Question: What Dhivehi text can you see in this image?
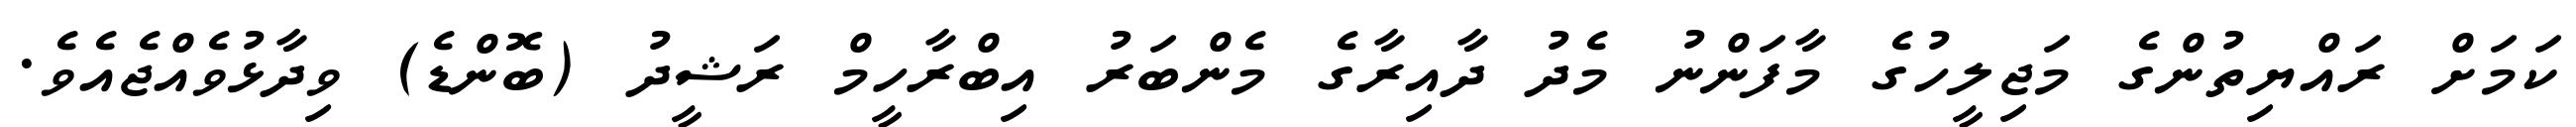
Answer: ކަމަށް ރައްޔިތުންގެ މަޖިލީހުގެ މާފަންނު މެދު ދާއިރާގެ މެންބަރު އިބްރާހީމް ރަޝީދު (ބޮންޑެ) ވިދާޅުވެއްޖެއެވެ.